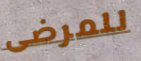
للمرضى